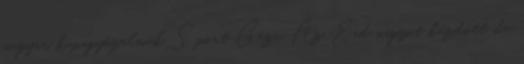
magyar kupagyőzelmük Sport Géza Az Érd nagyot küzdött, de